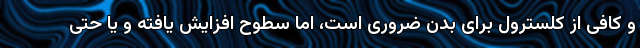
و کافی از کلسترول برای بدن ضروری است، اما سطوح افزایش یافته و یا حتی